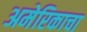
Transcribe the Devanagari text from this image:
अमेरिकाचा